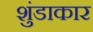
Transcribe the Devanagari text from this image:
शुंडाकार